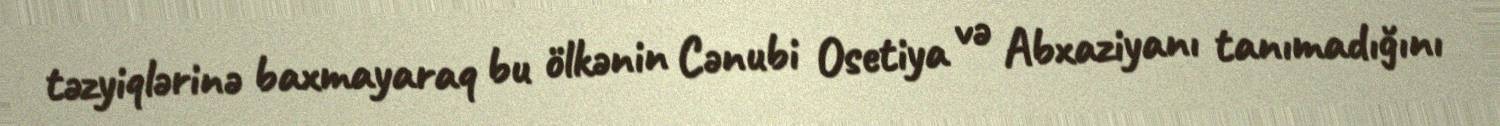
təzyiqlərinə baxmayaraq bu ölkənin Cənubi Osetiya və Abxaziyanı tanımadığını